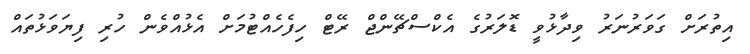
އިތުރަށް ގަވަރުނަރު ވިދާޅުވީ ޑޮލަރުގެ އެކްސްޗޭންޖް ރޭޓް ހިފެހެއްޓުމަށް އެޅުއްވެން ހުރި ފިޔަވަޅުތައް